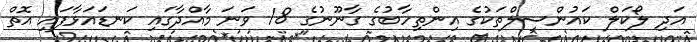
އަދި ލޯކަލް ކައުންސިލްތަކުގެ އިންތިހާބުގެ ގާނޫނުގެ 18 ވަނަ މާއްދާގައި ކަނޑައަޅާފައި އޮތް